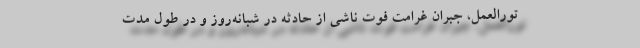
تورالعمل، جبران غرامت فوت ناشی از حادثه در شبانه‌روز و در طول مدت